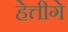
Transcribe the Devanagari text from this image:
हेत्तीगे